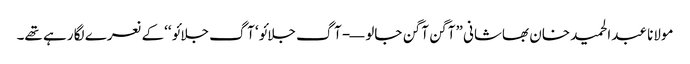
مولانا عبدالحمید خان بھاشانی ”آگن آگن جالو—- آگ جلائو‘ آگ جلائو ‘‘کے نعرے لگا رہے تھے۔